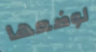
لوضعها